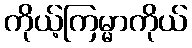
ကိုယ့်ကြမ္မာကိုယ်